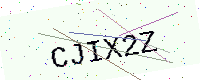
Text: CJIX2Z